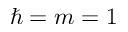
\hbar = m = 1